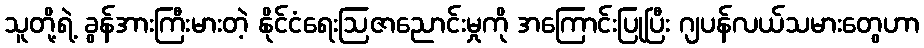
သူတို့ရဲ့ ခွန်အားကြီးမားတဲ့ နိုင်ငံရေးဩဇာညောင်းမှုကို အကြောင်းပြုပြီး ဂျပန်လယ်သမားတွေဟာ